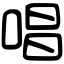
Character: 唱